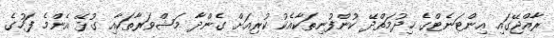
ރާއްޖޭގައި އިންޓަނެޓްގެ ޚިދުމަތްދޭ ކުންފުނިތަކާއެކު ކުރިއަށް ގެންދާ މަޝްވަރާތަކާއި ގުޅޭ އެންމެ ފަހުގެ